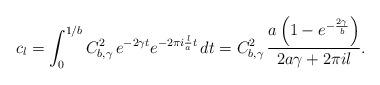
LaTeX: \begin{align*}c_l = \int_0^{1/b} C_{b,\gamma}^2 \, e^{-2 \gamma t} e^{-2 \pi i \frac{l}{a} t} \, dt = C_{b,\gamma}^2 \, \frac{a \left(1-e^{-\frac{2 \gamma}{b}}\right)}{2 a \gamma+ 2 \pi i l}.\end{align*}